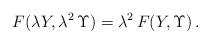
LaTeX: \begin{align*}F(\lambda Y, \lambda^2\, \Upsilon) = \lambda^2\, F(Y,\Upsilon)\,.\end{align*}